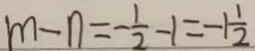
m - n = - \frac { 1 } { 2 } - 1 = - 1 \frac { 1 } { 2 }